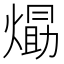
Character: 𭵹